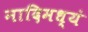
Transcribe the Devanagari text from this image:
नादिमध्यं